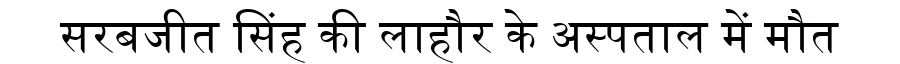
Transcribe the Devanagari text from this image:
सरबजीत सिंह की लाहौर के अस्पताल में मौत